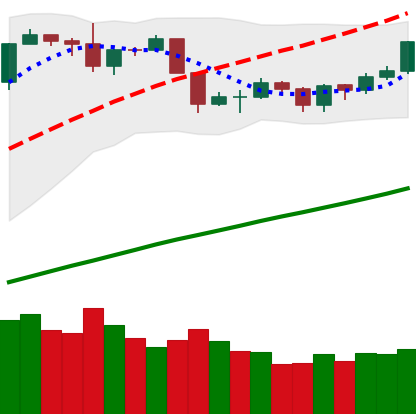
Ticker: BTC-USD
Chart end date: 2019-06-14
Forward return: 6.668%
Label: up_5_7